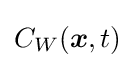
C_{W}({\boldsymbol {x}},t)